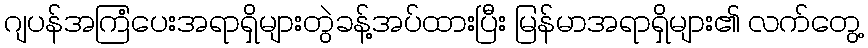
ဂျပန်အကြံပေးအရာရှိများတွဲခန့်အပ်ထားပြီး မြန်မာအရာရှိများ၏ လက်တွေ့